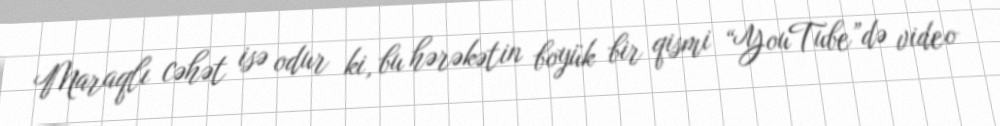
Maraqlı cəhət isə odur ki, bu hərəkətin boyük bir qismi “YouTube”də video